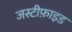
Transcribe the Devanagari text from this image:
जस्टीफ़ाइड